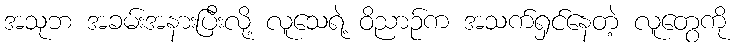
အသုဘ အခမ်းအနားပြီးလို့ လူသေရဲ့ ဝိညာဉ်က အသက်ရှင်နေတဲ့ လူတွေကို